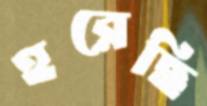
হরেছি